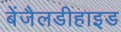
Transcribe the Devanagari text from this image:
बेंजैलडीहाइड